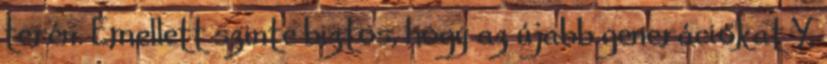
terén. Emellett szinte biztos, hogy az újabb generációkat Y,